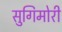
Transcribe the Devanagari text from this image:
सुगिमोरी